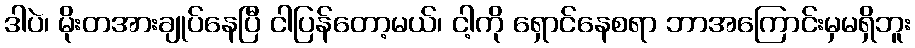
ဒါပဲ၊ မိုးတအားချုပ်နေပြီ ငါပြန်တော့မယ်၊ ငါ့ကို ရှောင်နေစရာ ဘာအကြောင်းမှမရှိဘူး